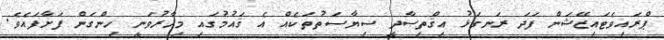
ޕްރައިވެޓައިޒޭޝަން ފަދަ ރަނގަޅު އިޤްތިޞާދީ ސިޔާސަތުތަކެއް އެ ޤައުމުގައި މިހާރުވަނީ ހިންގަން ފަށާފައެވެ.